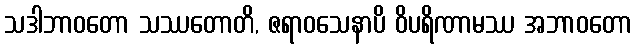
သဒါဘာဝတော သဿတောတိ, ဇရာဝသေနာပိ ဝိပရိဏာမဿ အဘာဝတော